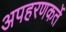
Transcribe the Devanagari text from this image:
अपहरणकर्ते